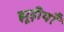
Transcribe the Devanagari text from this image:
झूड़ीयाँ